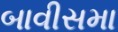
બાવીસમા